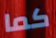
كما